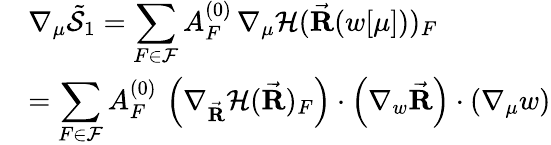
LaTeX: \begin{array}{rl}&{\nabla_{\mu}\tilde{\mathcal{S}}_{1}=\displaystyle\sum_{F\in\mathcal{F}}A_{F}^{(0)}\, \nabla_{\mu}\mathcal{H}(\vec{\mathbf R}(w[\mu]))_{F}}\\ &{=\displaystyle\sum_{F\in\mathcal{F}}A_{F}^{(0)}\, \left(\nabla_{\vec{\mathbf R}}\mathcal{H}(\vec{\mathbf R})_{F}\right)\cdot\left(\nabla_{w}\vec{\mathbf R}\right)\cdot\left(\nabla_{\mu}w\right)}\end{array}